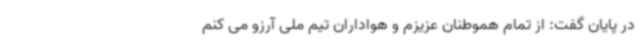
در پایان گفت: از تمام هموطنان عزیزم و هواداران تیم ملی آرزو می کنم